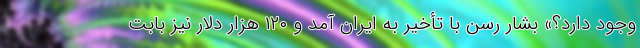
وجود دارد؟» بشار رسن با تأخیر به ایران آمد و ۱۲۰ هزار دلار نیز بابت